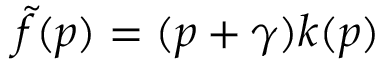
\tilde { f } ( p ) = ( p + \gamma ) k ( p )